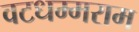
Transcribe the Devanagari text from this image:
वटधम्मराम